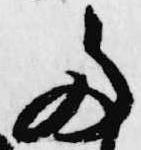
多